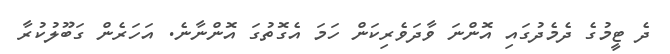
ދެ ޓީމުގެ ދެމެދުގައި އޮންނަ ވާދަވެރިކަން ހަމަ އެގޮތުގަ އޮންނާނެ. އަހަރެން ގަބޫލުކުރާ